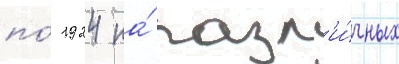
по́ 1924 на́ разл'и́чных